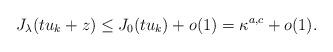
LaTeX: \begin{align*}J_{\lambda}(tu_{k}+z)\leq J_{0}(tu_{k})+o(1)=\kappa^{a,c}+o(1).\end{align*}